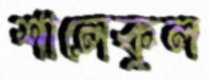
শালেকুল